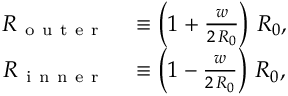
\begin{array} { r l } { R _ { \mathrm { ~ o ~ u ~ t ~ e ~ r ~ } } } & { { } \equiv \left( 1 + \frac { w } { 2 \, R _ { 0 } } \right) \, R _ { 0 } , } \\ { R _ { \mathrm { ~ i ~ n ~ n ~ e ~ r ~ } } } & { { } \equiv \left( 1 - \frac { w } { 2 \, R _ { 0 } } \right) \, R _ { 0 } , } \end{array}